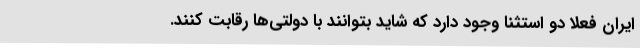
ایران فعلا دو استثنا وجود دارد که شاید بتوانند با دولتی‌ها رقابت کنند.